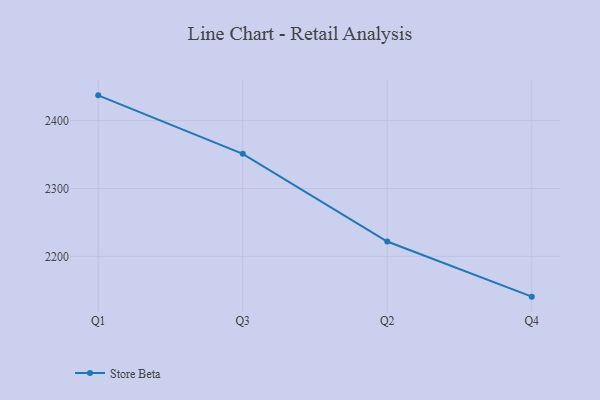
{"axis": {"x": "Quarter", "y": "Waste Production (Tons)"}, "legend": ["Store Beta"], "data": [{"x": "Q1", "y": 2437.2, "type": "Store Beta"}, {"x": "Q3", "y": 2351.1, "type": "Store Beta"}, {"x": "Q2", "y": 2221.9, "type": "Store Beta"}, {"x": "Q4", "y": 2140.7, "type": "Store Beta"}]}